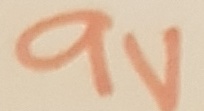
Text: 9V